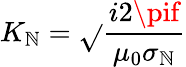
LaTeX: K_{\mathbb{N}}=\sqrt{}{{\frac{{i2\pif}}{{\mu_{0}\sigma_{\mathbb{N}}}}}}